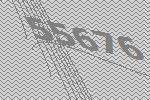
55676